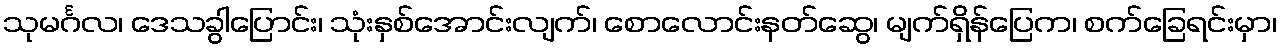
သုမင်္ဂလ၊ ဒေသခွါပြောင်း၊ သုံးနှစ်အောင်းလျက်၊ စောလောင်းနတ်ဆွေ၊ မျက်ရှိန်ပြေက၊ စက်ခြေရင်းမှာ၊